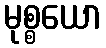
မုစ္စယော